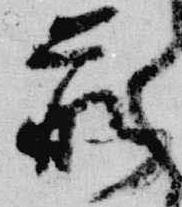
前